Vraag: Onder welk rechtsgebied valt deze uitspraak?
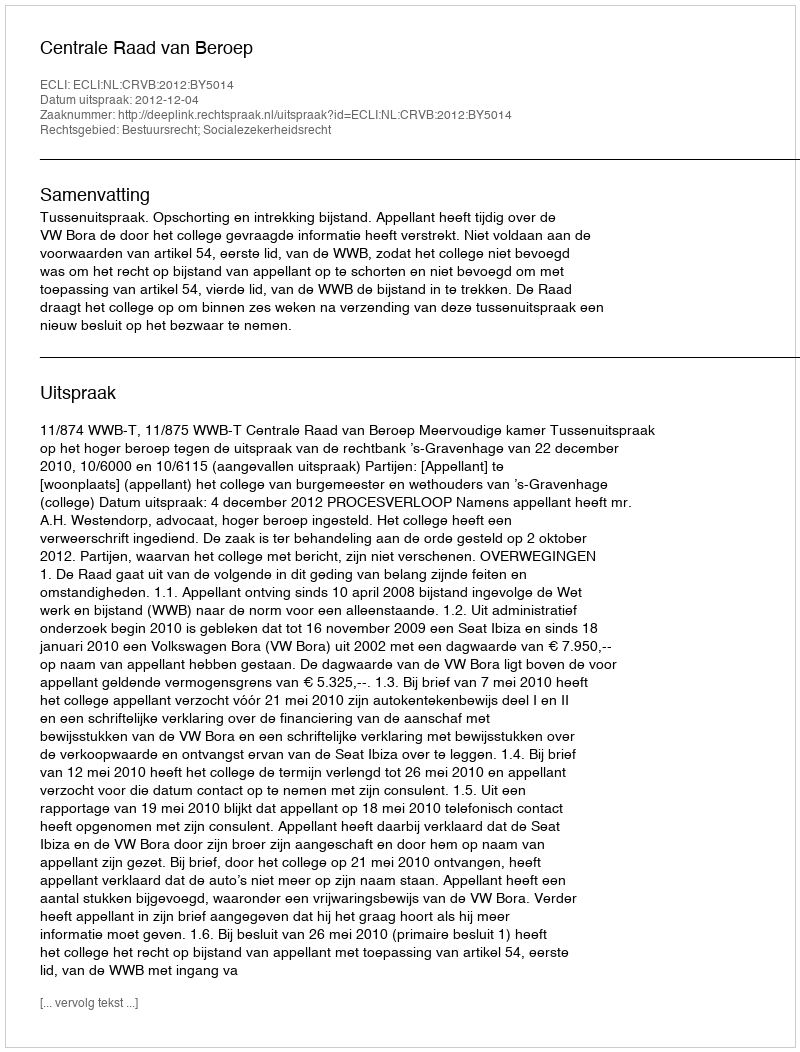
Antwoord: Bestuursrecht; Socialezekerheidsrecht